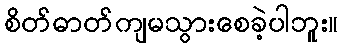
စိတ်ဓာတ်ကျမသွားစေခဲ့ပါဘူး။